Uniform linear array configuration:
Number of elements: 12
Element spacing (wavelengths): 0.5
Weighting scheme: cosine
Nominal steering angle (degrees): -15
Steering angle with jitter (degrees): -13.495
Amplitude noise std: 0.05
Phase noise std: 0.05

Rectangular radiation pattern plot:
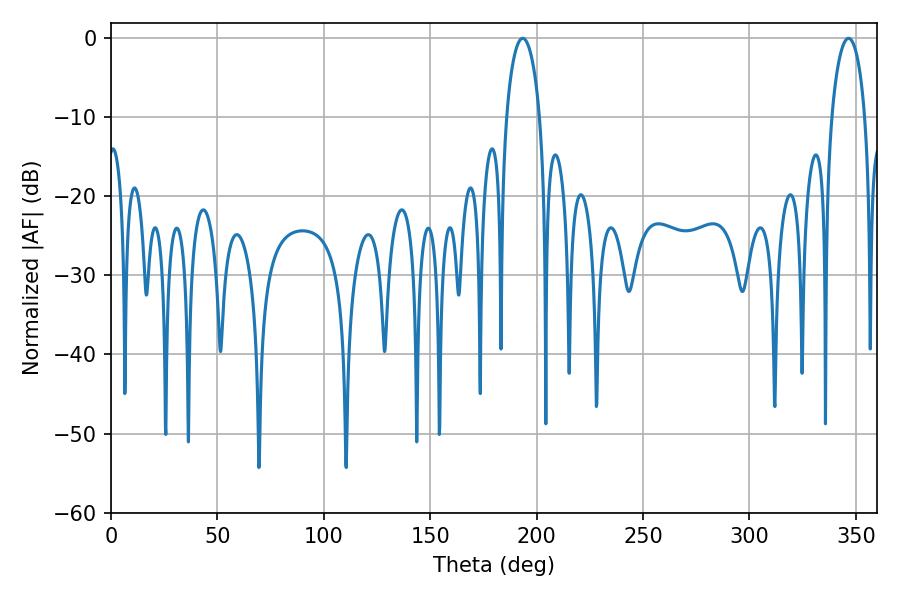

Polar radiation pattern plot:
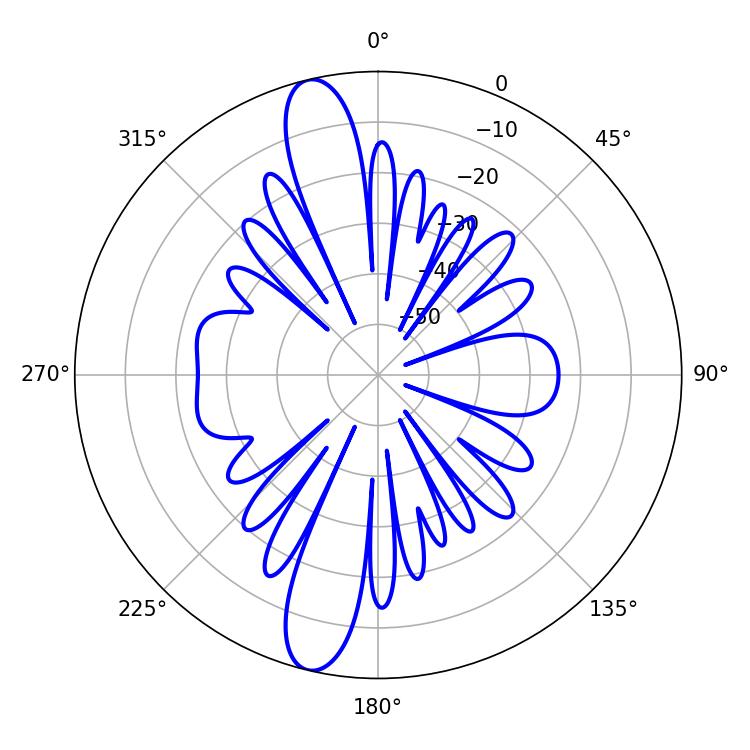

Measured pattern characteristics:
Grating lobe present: FALSE
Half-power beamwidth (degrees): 9
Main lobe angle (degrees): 193.5